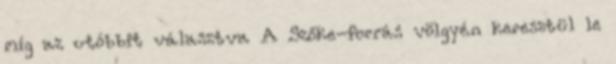
míg az utóbbit választva A Szőke-forrás völgyén keresztül le